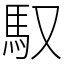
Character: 馭